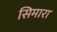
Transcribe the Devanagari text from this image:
सिमारा